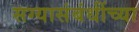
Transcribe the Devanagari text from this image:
सग्यासंबंधींच्या